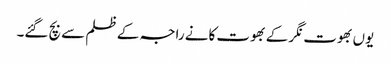
یوں بھوت نگر کے بھوت کانے راجہ کے ظلم سے بچ گئے۔